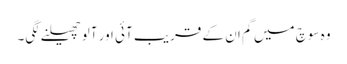
وہ سوچ میں گم ان کے قریب آئی اور آلو چھیلنے لگی۔